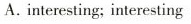
A. interesting; interesting